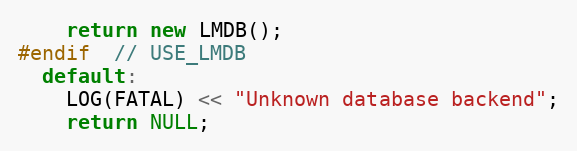
Language: C++
    return new LMDB();
#endif  // USE_LMDB
  default:
    LOG(FATAL) << "Unknown database backend";
    return NULL;